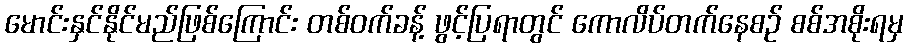
မောင်းနှင်နိုင်မည်ဖြစ်ကြောင်း တစ်ဝက်ခန့် ဖွင့်ပြရာတွင် ကောလိပ်တက်နေစဉ် စစ်အစိုးရမှ